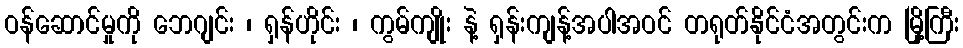
ဝန်ဆောင်မှုကို ဘေဂျင်း ၊ ရှန်ဟိုင်း ၊ ကွမ်ကျိုး နဲ့ ရှန်းကျန့်အပါအဝင် တရုတ်နိုင်ငံအတွင်းက မြို့ကြီး